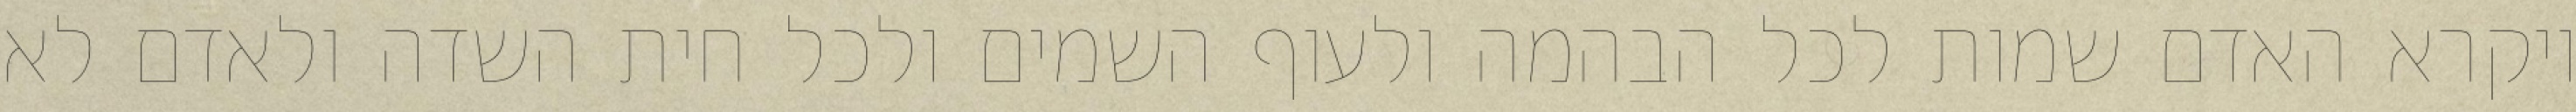
ויקרא האדם שמות לכל הבהמה ולעוף השמים ולכל חית השדה ולאדם לא